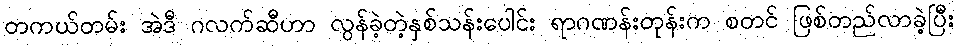
တကယ်တမ်း အဲဒီ ဂလက်ဆီဟာ လွန်ခဲ့တဲ့နှစ်သန်းပေါင်း ရာဂဏန်းတုန်းက စတင် ဖြစ်တည်လာခဲ့ပြီး